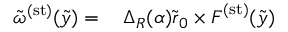
\begin{array} { r l } { \tilde { \omega } ^ { ( \mathrm { s t } ) } ( \tilde { y } ) = } & { { } \, \Delta _ { R } ( \alpha ) \tilde { \boldsymbol { r } } _ { 0 } \times \boldsymbol { F } ^ { ( \mathrm { s t } ) } ( \tilde { y } ) } \end{array}